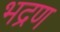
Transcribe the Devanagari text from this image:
भद्रण